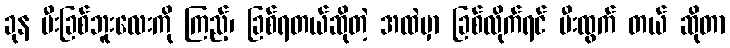
ခုန မီးခြစ်ဘူးလေးကို ကြည့်၊ ခြစ်ရတယ်ဆိုတဲ့ အထဲမှာ ခြစ်လိုက်ရင် မီးထွက် တယ် ဆိုတာ